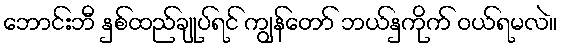
ဘောင်းဘီ နှစ်ထည်ချုပ်ရင် ကျွန်တော် ဘယ်နှကိုက် ဝယ်ရမလဲ။